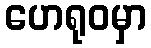
ဟေရုဝမှာ